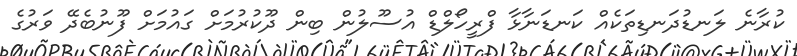
ކުރާނެ ލަނޑުދަނޑިތަކެއް ކަނޑަނާޅާ ފްރީހޯލްޑް އުސޫލުން ބިން ދޫކުރުމަށް ގައުމަށް ފޫނުބެދޭ ވަރުގެ